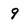
Character: 9